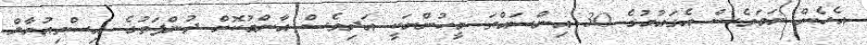
އެހެން ނަމަވެސް އެގައުމުގެ 30 އިންސައްތަ މީހުންނަކީ އަދިވެސް އާންމުކޮށް ދުންފަތުގެ އިސްތިއުމާލް